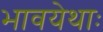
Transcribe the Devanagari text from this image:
भावयेथाः